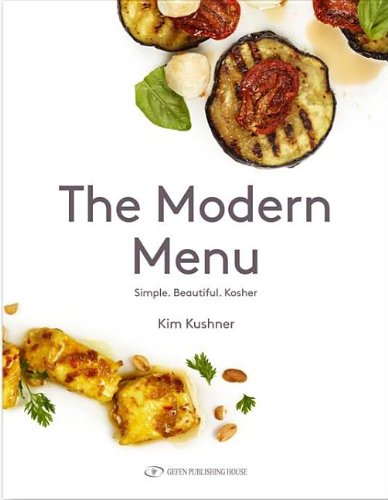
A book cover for The Modern Menu; Kim Kushner; Cookbooks, Food & Wine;